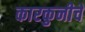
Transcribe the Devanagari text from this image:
कारकुनीचें